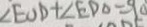
\angle E O D + \angle E D O = 9 0